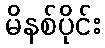
မိနစ်ပိုင်း